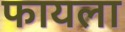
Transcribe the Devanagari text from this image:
फायला